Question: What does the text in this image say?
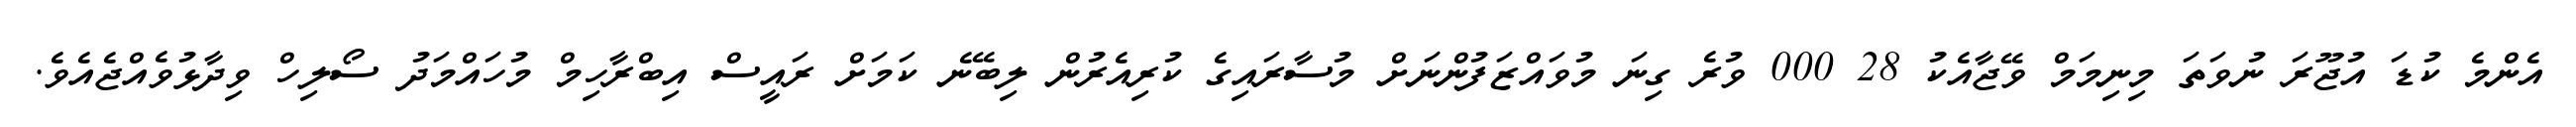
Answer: އެންމެ ކުޑަ އުޖޫރަ ނުވަތަ މިނިމަމް ވޭޖާއެކު 28 000 ވުރެ ގިނަ މުވައްޒަފުންނަށް މުސާރައިގެ ކުރިއެރުން ލިބޭނެ ކަމަށް ރައީސް އިބްރާހިމް މުހައްމަދު ސޯލިހް ވިދާޅުވެއްޖެއެވެ.